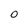
Character: 0